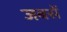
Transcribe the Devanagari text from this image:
जबसें